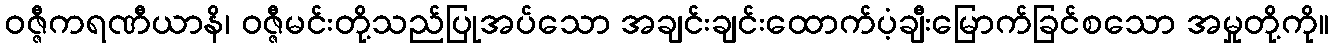
ဝဇ္ဇီကရဏီယာနိ၊ ဝဇ္ဇီမင်းတို့သည်ပြုအပ်သော အချင်းချင်းထောက်ပံ့ချီးမြောက်ခြင်စသော အမှုတို့ကို။